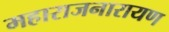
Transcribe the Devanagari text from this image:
महाराजनारायण